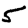
Digit: 5